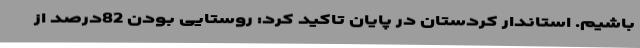
باشیم. استاندار کردستان در پایان تاکید کرد: روستایی بودن 82درصد از